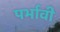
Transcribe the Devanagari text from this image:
पर्भावी